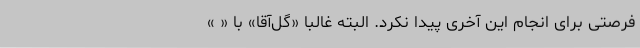
فرصتی برای انجام این آخری پیدا نکرد. البته غالباً «گل‌آقا» با « »